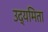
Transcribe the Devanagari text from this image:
उद्यमिता